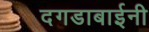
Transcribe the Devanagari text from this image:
दगडाबाईनी